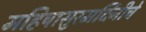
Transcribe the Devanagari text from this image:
महिषासुरमर्दिनीचे